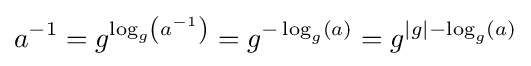
a^{-1}=g^{\log _{g}\left(a^{-1}\right)}=g^{-\log _{g}(a)}=g^{|g|-\log _{g}(a)}